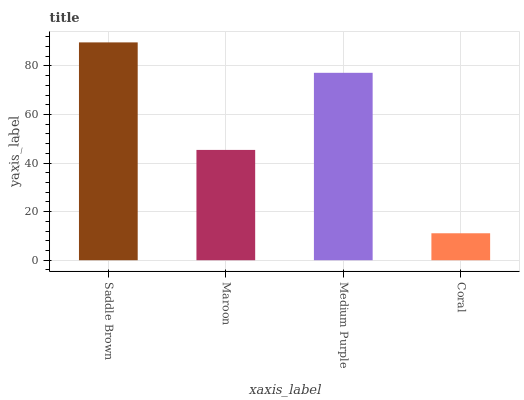
| xaxis_label | bars |
 | --- | --- |
 | Saddle Brown | 89.7 |
 | Maroon | 45.4 |
 | Medium Purple | 77.1 |
 | Coral | 11.1 |